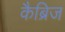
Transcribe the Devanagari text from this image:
कैब्रिज